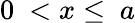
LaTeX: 0~<x\le~a